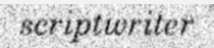
scriptwriter